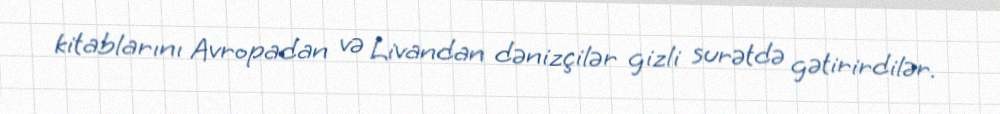
kitablarını Avropadan və Livandan dənizçilər gizli surətdə gətirirdilər.